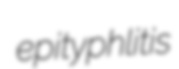
epityphlitis